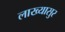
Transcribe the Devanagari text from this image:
लाख्यासुर